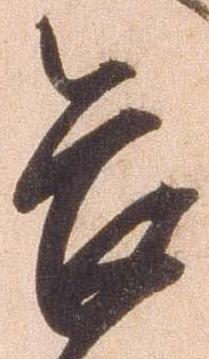
畏